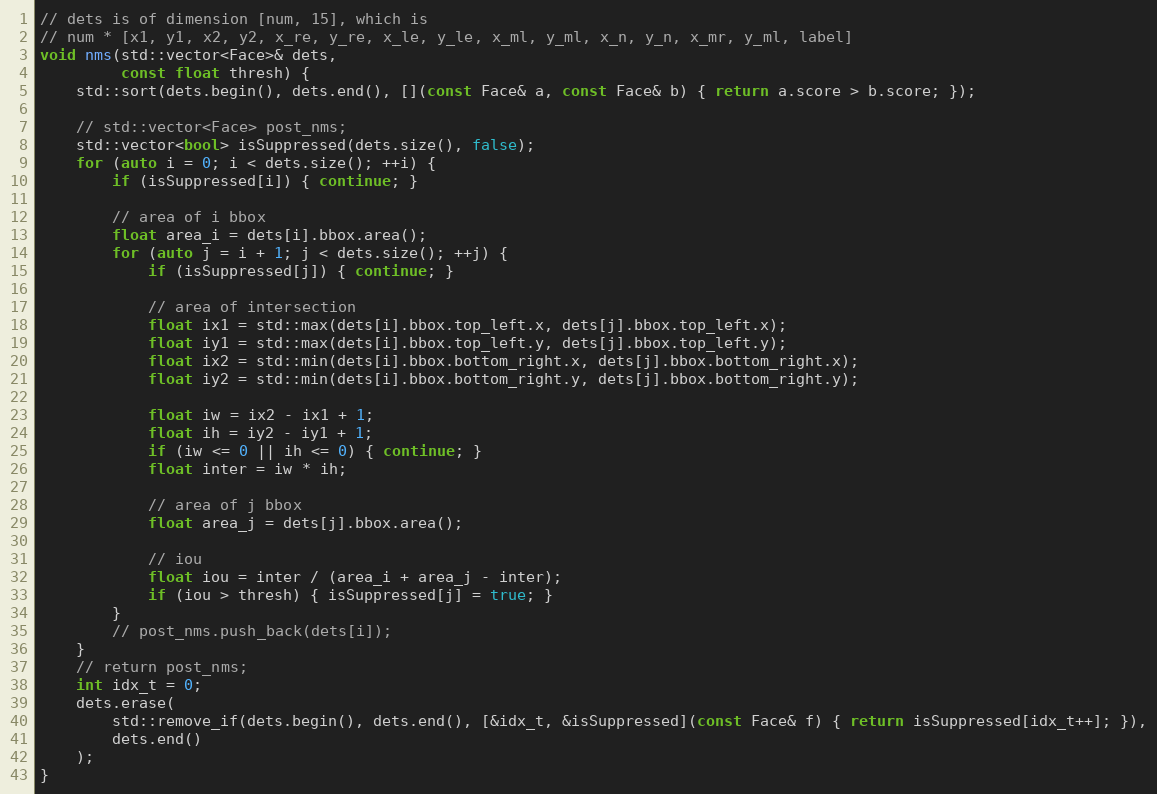
Language: C++
// dets is of dimension [num, 15], which is
// num * [x1, y1, x2, y2, x_re, y_re, x_le, y_le, x_ml, y_ml, x_n, y_n, x_mr, y_ml, label]
void nms(std::vector<Face>& dets,
         const float thresh) {
    std::sort(dets.begin(), dets.end(), [](const Face& a, const Face& b) { return a.score > b.score; });

    // std::vector<Face> post_nms;
    std::vector<bool> isSuppressed(dets.size(), false);
    for (auto i = 0; i < dets.size(); ++i) {
        if (isSuppressed[i]) { continue; }

        // area of i bbox
        float area_i = dets[i].bbox.area();
        for (auto j = i + 1; j < dets.size(); ++j) {
            if (isSuppressed[j]) { continue; }

            // area of intersection
            float ix1 = std::max(dets[i].bbox.top_left.x, dets[j].bbox.top_left.x);
            float iy1 = std::max(dets[i].bbox.top_left.y, dets[j].bbox.top_left.y);
            float ix2 = std::min(dets[i].bbox.bottom_right.x, dets[j].bbox.bottom_right.x);
            float iy2 = std::min(dets[i].bbox.bottom_right.y, dets[j].bbox.bottom_right.y);

            float iw = ix2 - ix1 + 1;
            float ih = iy2 - iy1 + 1;
            if (iw <= 0 || ih <= 0) { continue; }
            float inter = iw * ih;

            // area of j bbox
            float area_j = dets[j].bbox.area();

            // iou
            float iou = inter / (area_i + area_j - inter);
            if (iou > thresh) { isSuppressed[j] = true; }
        }
        // post_nms.push_back(dets[i]);
    }
    // return post_nms;
    int idx_t = 0;
    dets.erase(
        std::remove_if(dets.begin(), dets.end(), [&idx_t, &isSuppressed](const Face& f) { return isSuppressed[idx_t++]; }),
        dets.end()
    );
}